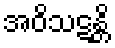
အဝိသဋန္တိ